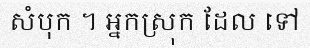
សំបុក ។ អ្នកស្រុក ដែល ទៅ